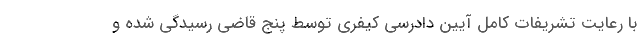
با رعایت تشریفات کامل آیین دادرسی کیفری توسط پنج قاضی رسیدگی شده و